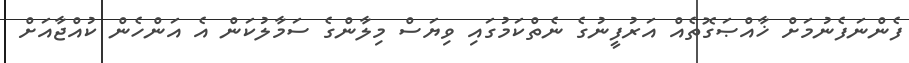
ފެންނަފެނުމަށް ޚާއްޞަގޮތެއް އަރުފީނުގެ ނެތްކަމުގައި ވިޔަސް މިލާންގެ ސަމާލުކަން އެ އަންހެން ކުއްޖާއަށް